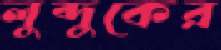
লুব্দুকের